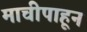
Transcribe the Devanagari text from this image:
माचीपाहून